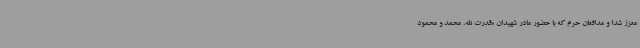
معزز شدا و مدافعان حرم که با حضور مادر شهیدان «قدرت الله، محمد و محمود